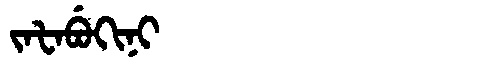
Manchu: ᠵᠠᡶᠠᠪᡠᡴᡳᠨᡳ
Romanization: JAFABUKINI